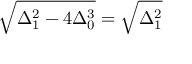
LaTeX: { \sqrt { \Delta _ { 1 } ^ { 2 } - 4 \Delta _ { 0 } ^ { 3 } } } = { \sqrt { \Delta _ { 1 } ^ { 2 } } }